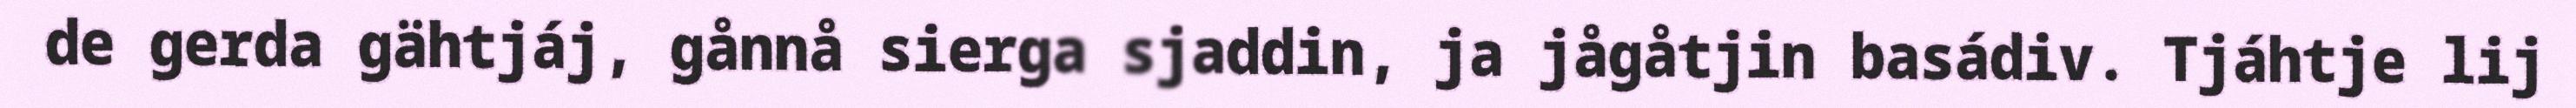
de gerda gähtjáj, gånnå sierga sjaddin, ja jågåtjin basádiv. Tjáhtje lij